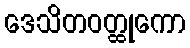
ဒေသိတဝတ္ထုကော